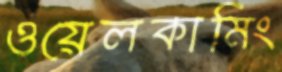
ওয়েলকামিং